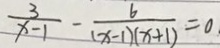
\frac { 3 } { x - 1 } - \frac { 6 } { ( x - 1 ) ( x + 1 ) } = 0